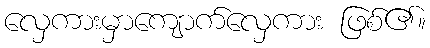
လှေကားမှာကျောက်လှေကား ဖြစ်၏။